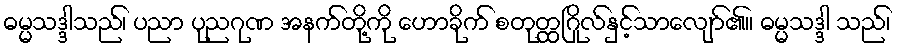
ဓမ္မသဒ္ဒါသည်၊ ပညာ ပုညဂုဏ အနက်တို့ကို ဟောခိုက် စတုတ္ထဂြိုလ်နှင့်သာလျော်၏။ ဓမ္မသဒ္ဒါ သည်၊